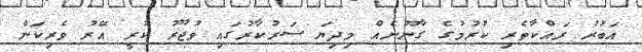
އަބުރު ރައްކާތެރި ކުރުމުގެ ގާނޫނެއް މިދިޔަ ސަރުކާރުގައި ވުޖޫރު ކުރީ އޭރު ވެރިކަން